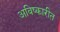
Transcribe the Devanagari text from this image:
अविष्कारीत